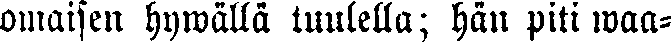
omaisen hywällä tuulella; hän piti waa-